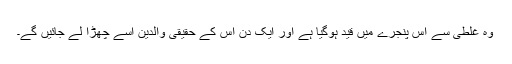
وہ غلطی سے اس پنجرے میں قید ہوگیا ہے اور ایک دن اس کے حقیقی والدین اسے چھڑا لے جائیں گے۔